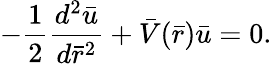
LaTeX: -\frac{1}{2}\frac{d^{2}\bar{u}}{d\bar{r}^{2}}+\bar{V}(\bar{r})\bar{u}=0.